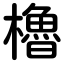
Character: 櫓